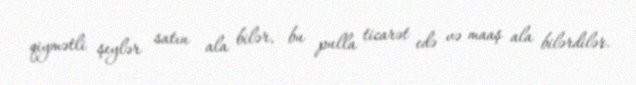
qiymətli şeylər satın ala bilər, bu pulla ticarət edə və maaş ala bilərdilər.